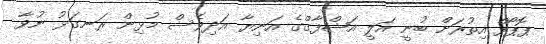
ޕޮޕޯފް އިތުރަށް ބުނީ އަލީ އަޝްފާގްގެ އަނިޔާ އަދިވެސް މުޅިން ރަނގަޅު ނުވާ